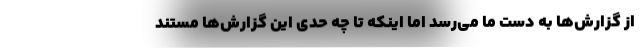
از گزارش‌ها به دست ما می‌رسد اما اینکه تا چه حدی این گزارش‌ها مستند